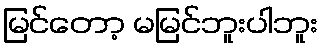
မြင်တော့ မမြင်ဘူးပါဘူး